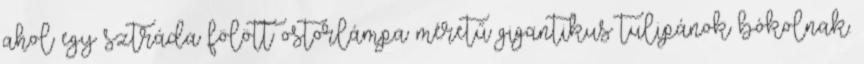
ahol egy sztráda fölött ostorlámpa méretű gigantikus tulipánok bókolnak.